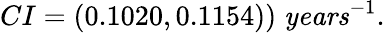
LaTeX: CI=(0.1020,0.1154))\; \textrm{\textit{years}}^{-1}.